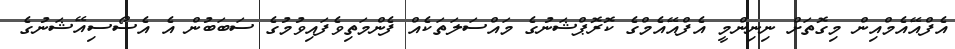
އެފްއޭއެމްއިން މިގޮތަށް ނިނިންމީ އެފްއޭއެމްގެ ކޮރޮޕްޝަނުގެ މައްސަލަތަކެއް ފެންމަތިވެފައިވުމުގެ ސަބަބުން އެ އެސޯސިއޭޝަނުގެ